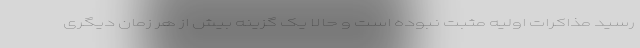
رسید مذاکرات اولیه مثبت نبوده است و حالا یک گزینه بیش از هر زمان دیگری